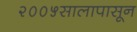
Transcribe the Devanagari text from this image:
२००५सालापासून